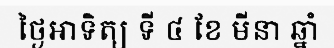
ថ្ងៃអាទិត្យ ទី ៤ ខែ មីនា ឆ្នាំ